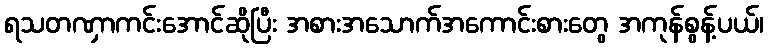
ရသတဏှာကင်းအောင်ဆိုပြီး အစားအသောက်အကောင်းစားတွေ အကုန်စွန့်ပယ်၊